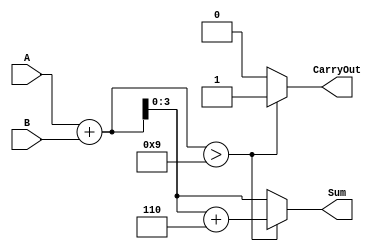
module BCD_Redundant_Binary_Adder (
    input  wire [3:0] A,      // BCD input A
    input  wire [3:0] B,      // BCD input B
    output reg  [3:0] Sum,     // BCD output Sum
    output reg  CarryOut       // Carry-out signal
);

    // Intermediate signals
    wire [4:0] raw_sum;        // 5-bit sum to accommodate carry
    wire correction_needed;     // Signal to indicate if correction is needed
    wire [3:0] correction_value = 4'b0110; // Correction value (6 in BCD)

    // Step 1: Perform addition
    assign raw_sum = A + B;    // Raw sum of A and B

    // Step 2: Determine if correction is needed
    assign correction_needed = (raw_sum > 4'b1001); // Check if sum exceeds 9

    // Step 3: Apply correction if needed
    always @(*) begin
        if (correction_needed) begin
            Sum = raw_sum + correction_value; // Apply correction
            CarryOut = 1'b1;                  // Set carry-out
        end else begin
            Sum = raw_sum[3:0];               // No correction needed
            CarryOut = 1'b0;                  // No carry-out
        end
    end

endmodule